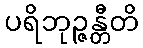
ပရိဘုဉ္ဇန္တီတိ